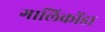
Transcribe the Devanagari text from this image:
गालिकोंडा